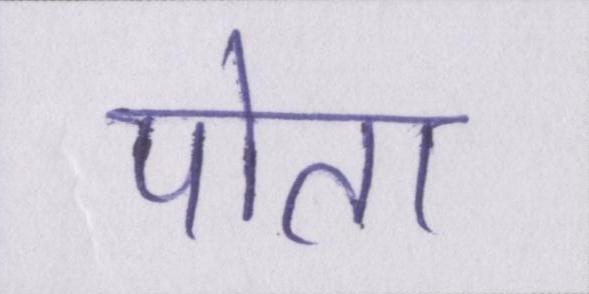
पोता